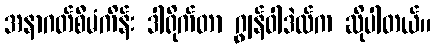
အနာဂတ်စီမံကိန်း ဒါရိုက်တာ ဂျွန်ဝါဒဲလ်က ဆိုပါတယ်။